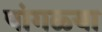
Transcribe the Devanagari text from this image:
पांगळ्या